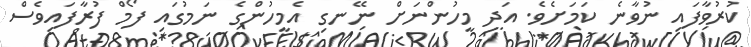
ކުރުވާފައި ނުވާނެ ކަމަށެވެ. އަދި މީހުންނަށް ނޭނގި އެމީހުންގެ ނަމުގައި ފޯމް ފުރާފައިވެސް